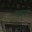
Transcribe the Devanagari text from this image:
वरुपत